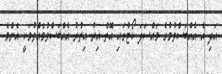
އަދި އެ އެއްބަސްވުމުގެ މައްސަލަ ކޯޓުގައި އޮތް އިރު އިތުރު އެއްބަސްވުމެއްވުމަކީ އެންމެ